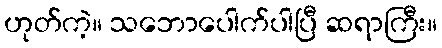
ဟုတ်ကဲ့။ သဘောပေါက်ပါပြီ ဆရာကြီး။